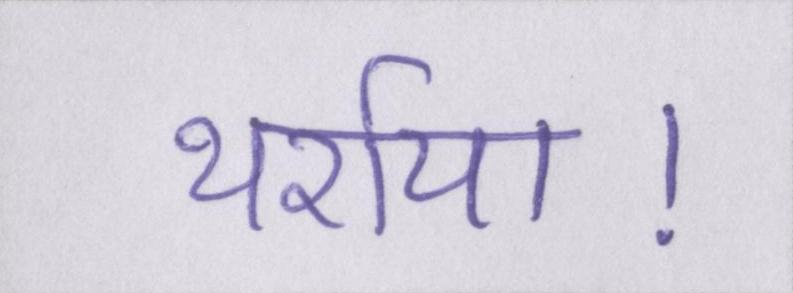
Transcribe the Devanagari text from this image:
थर्राया।